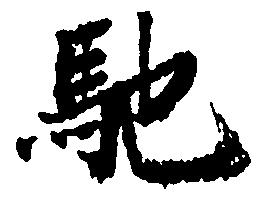
馳